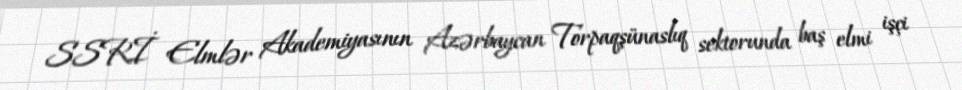
SSRİ Elmlər Akademiyasının Azərbaycan Torpaqşünaslıq sektorunda baş elmi işçi